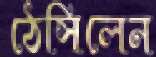
ঠেসিলেন